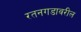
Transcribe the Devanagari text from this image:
रतनगडावरील